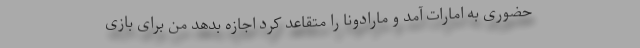
حضوری به امارات آمد و مارادونا را متقاعد کرد اجازه بدهد من برای بازی